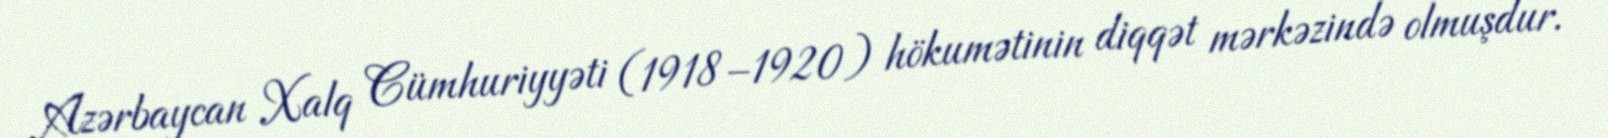
Azərbaycan Xalq Cümhuriyyəti (1918–1920) hökumətinin diqqət mərkəzində olmuşdur.